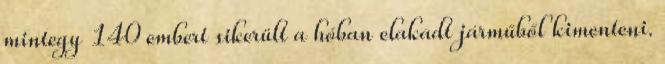
mintegy 140 embert sikerült a hóban elakadt járműből kimenteni.